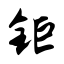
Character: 钜